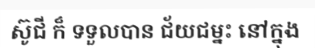
ស៊ូជី ក៏ ទទួលបាន ជ័យជម្នះ នៅក្នុង